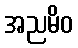
အညမိဝ